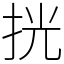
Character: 挄